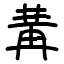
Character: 冓